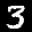
Label: 3